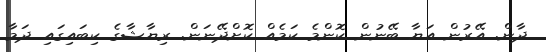
ދާން. އޭރުން އަޔާ ބޭނުން ކޮންމެ ކަމެއް ކޮށްދޭނަން. ރިޔާޝާގެ ކިބައިގައި ދަމާ